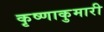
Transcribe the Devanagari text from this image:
कृष्णाकुमारी